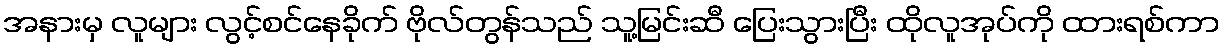
အနားမှ လူများ လွင့်စင်နေခိုက် ဗိုလ်တွန်သည် သူ့မြင်းဆီ ပြေးသွားပြီး ထိုလူအုပ်ကို ထားရစ်ကာ